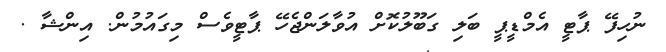
ނުހިފޭ ޕާޓީ އެމްޑީޕީ ބަލި ގަބޫލުކޮށް އުވާލަންޖެހޭ ޕާޓީވެސް މިގައުމުން. އިންޝާ .